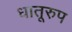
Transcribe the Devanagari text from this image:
धातूरुप